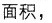
面积，